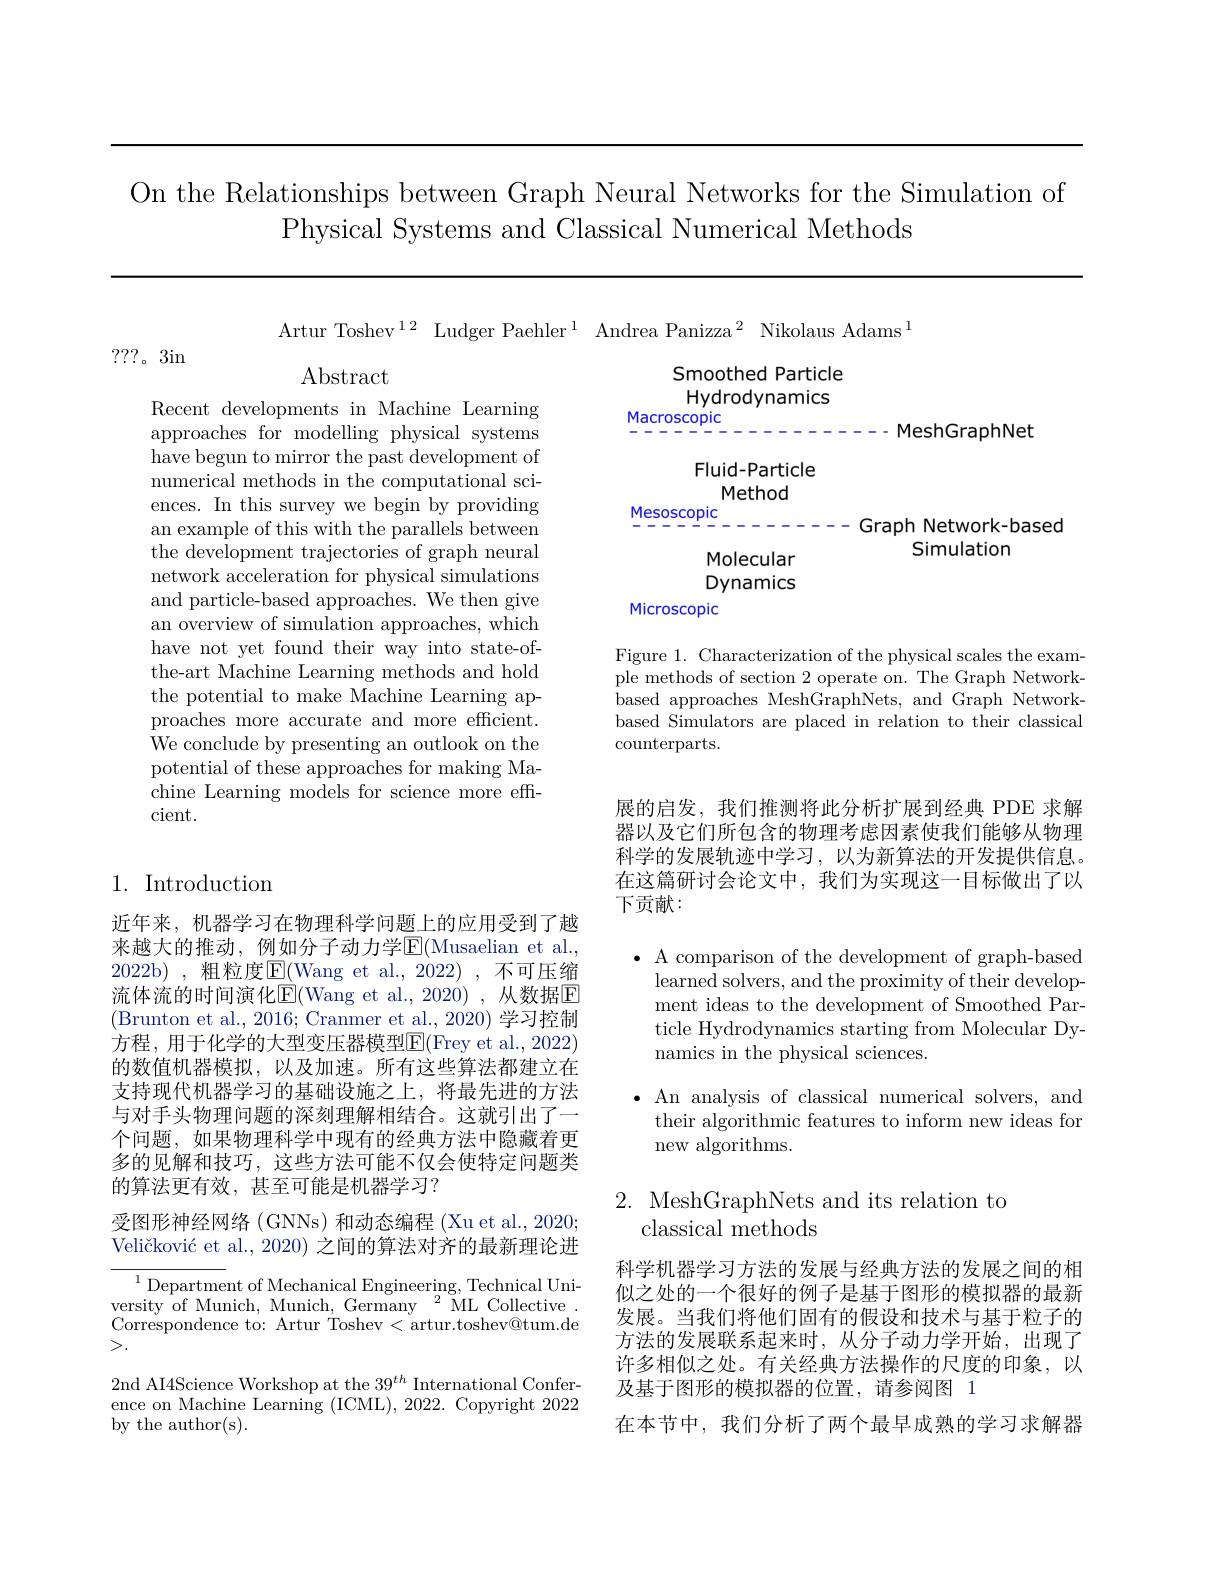
On the Relationships between Graph Neural Networks for the Simulation of
Physical Systems and Classical Numerical Methods

???。3in

Artur Toshev$^12$ Ludger Paehler$^1$ Andrea Panizza$^2$ Nikolaus Adams$^1$
Abstract
Smoothed Particle Hydrodynamics
Recent developments in Machine Learning

Macroscopic

- MeshGraphNet

Fluid-Particle
Method

Mesoscopic

Graph Network-based

Simulation

Molecular Dynamics

Microscopic

approaches for modelling physical systems have begun to mirror the past development of numerical methods in the computational sciences. In this survey we begin by providing an example of this with the parallels between the development trajectories of graph neural network acceleration for physical simulations and particle-based approaches. We then give an overview of simulation approaches, which have not yet found their way into state-ofthe-art Machine Learning methods and hold the potential to make Machine Learning approaches more accurate and more efficient. ${\bar{\text{We conclude by presenting an outlook on the}}}$ potential of these approaches for making Machine Learning models for science more effcient.

Figure 1. Characterization of the physical scales the example methods of section 2 operate on. The Graph Network- ${\mathrm{based~approaches~MeshGraphNets,~and~Graph~Network-}}$ based Simulators are placed in relation to their classical counterparts.

展的启发，我们推测将此分析扩展到经典 PDE 求解器以及它们所包含的物理考虑因素使我们能够从物理科学的发展轨迹中学习，以为新算法的开发提供信息。在这篇研讨会论文中，我们为实现这一目标做出了以下贡献：

## 1. Introduction

$\bullet$ A comparison of the development of graph-based
learned solvers, and the proximity of their development ideas to the development of Smoothed Particle Hydrodynamics starting from Molecular Dynamics in the physical sciences.

近年来，机器学习在物理科学问题上的应用受到了越来越大的推动，例如分子动力学E$( Musaelian et al. $, 2022b),粗粒度$\underline{\mathrm{E}}($Wang et al.,2022),不可压缩流体流的时间演化$\overline{\mathrm{E}}($Wang et al.,2020),从数据$\overline{\mathrm{E}}$ (Brunton et al., 2016; Cranmer et al., 2020) 学习控制方程，用于化学的大型变压器模型$\boxed{\mathrm{F}}($Frey et al., 2022) 的数值机器模拟，以及加速。所有这些算法都建立在支持现代机器学习的基础设施之上，将最先进的方法与对手头物理问题的深刻理解相结合。这就引出了一个问题，如果物理科学中现有的经典方法中隐藏着更多的见解和技巧，这些方法可能不仅会使特定问题类的算法更有效，甚至可能是机器学习？

$\bullet$ An analysis of classical numerical solvers, and
their algorithmic features to inform new ideas for
new algorithms.

2. MeshGraphNets and its relation to
## classical methods

受图形神经网络 (GNNs) 和动态编程 (Xu et al., 2020; Veličković et al., 2020) 之间的算法对齐的最新理论进

$^{1}$Department of Mechanical Engineering, Technical University of Munich, Munich, Germany $^2$ML Collective. Correspondence to: Artur Toshev< artur.toshev@tum.de >.

科学机器学习方法的发展与经典方法的发展之间的相似之处的一个很好的例子是基于图形的模拟器的最新发展。当我们将他们固有的假设和技术与基于粒子的方法的发展联系起来时，从分子动力学开始，出现了许多相似之处。有关经典方法操作的尺度的印象，以及基于图形的模拟器的位置，请参阅图 1
在本节中，我们分析了两个最早成熟的学习求解器

2nd AI4Science Workshop at the 39$^th$ International Conference on Machine Learning (ICML), 2022. Copyright 2022 by the author(s).